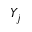
Y _ { j }